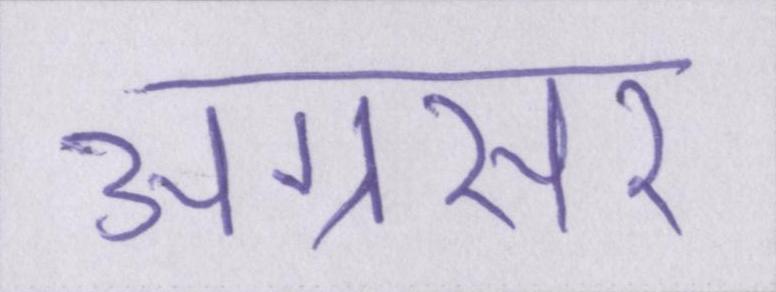
अग्रसर